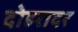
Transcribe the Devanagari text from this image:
दोहरादर